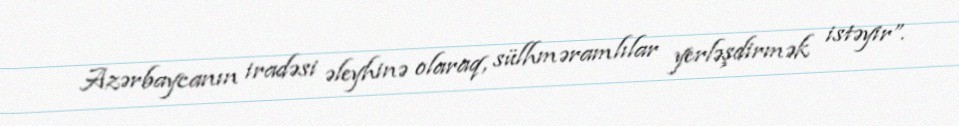
Azərbaycanın iradəsi əleyhinə olaraq, sülhməramlılar yerləşdirmək istəyir”.